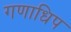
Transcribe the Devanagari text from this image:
गणाधिप